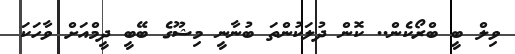
ވިލް ބީ ބްރޯކެން.. ކޮން ދުލަކުންތަ ބުނާނީ މިޝޫގެ ބޭބީ ދީމްއަށް ވާހަކަ